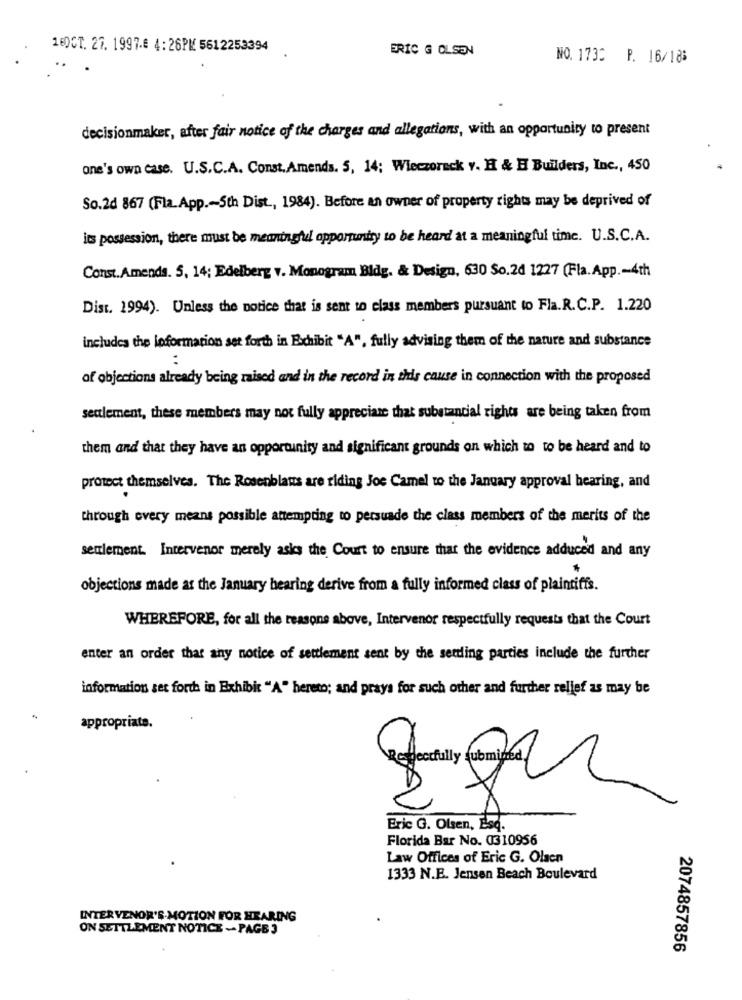
160CT. 27. 1997.€ 4: 26PM 5612253394
ERIC G OLSEN
NO. 1730 P. 16/18:
decisionmaker, after fair notice of the charges and allegations, with an opportunity to present
one's own case. U.S.C.A. Const.Amends. 5, 14; Wieczorack v. H & H Builders, Inc ., 450
So.2d 867 (Fla.App .- Sth Dist ., 1984). Before an owner of property rights may be deprived of
its possession, there must be meaningful opportunity to be heard at a meaningful time. U.S.C.A.
Const. Amends. 5, 14; Edelberg v. Monogram Bldg. & Design, 630 So.24 1227 (Fla.App .- 4th
Dist. 1994). Unless the notice that is sent to class members pursuant to Fla. R.C.P. 1.220
includes the loformation set forth in Exhibit "A", fully advising them of the nature and substance
of objections already being maised and in the record in this cause in connection with the proposed
settlement, these members may not fully appreciate that substancial rights are being taken from
them and that they have an opportunity and significant grounds on which to to be heard and to
protect themselves. The Rosenblats are riding Joe Camel to the January approval hearing, and
through every means possible attempting to persuade the class members of the merits of the
seulement. Intervenor merely asks the Court to ensure that the evidence adduced and any
objections made at the January hearing derive from a fully informed class of plaintiffs.
WHEREFORE, for all the reasons above, Intervenor respectfully requests that the Court
enter an order that any notice of settlement sent by the settling parties include the further
information set forth in Exhibit "A" hereto; and prays for such other and further relief as may be
appropriate.
Eric G. Olsen, Esq.
Florida Bar No. 0310956
Law Offices of Eric G. Olsen
1333 N.B. Jensen Beach Boulevard
INTERVENOR'S-MOTION FOR HEARING
ON SETTLEMENT NOTICE - PAGE 3
2074857856